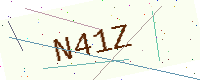
Text: N41Z